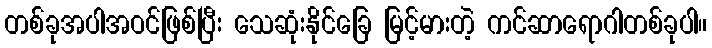
တစ်ခုအပါအဝင်ဖြစ်ပြီး သေဆုံးနိုင်ခြေ မြင့်မားတဲ့ ကင်ဆာရောဂါတစ်ခုပါ။